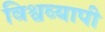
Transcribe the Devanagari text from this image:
विश्वव्‍यापी